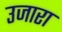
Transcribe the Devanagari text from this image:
उजारा